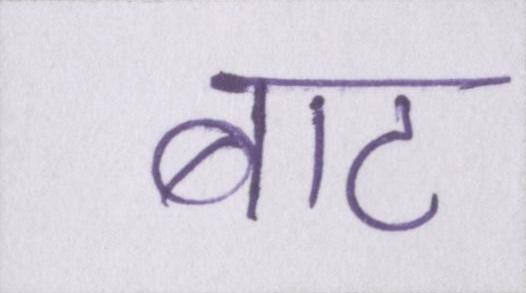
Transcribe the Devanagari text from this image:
बाट